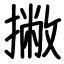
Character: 撇